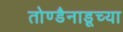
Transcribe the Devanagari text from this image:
तोण्डैनाडूच्या